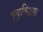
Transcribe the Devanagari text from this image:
व्यूविअस